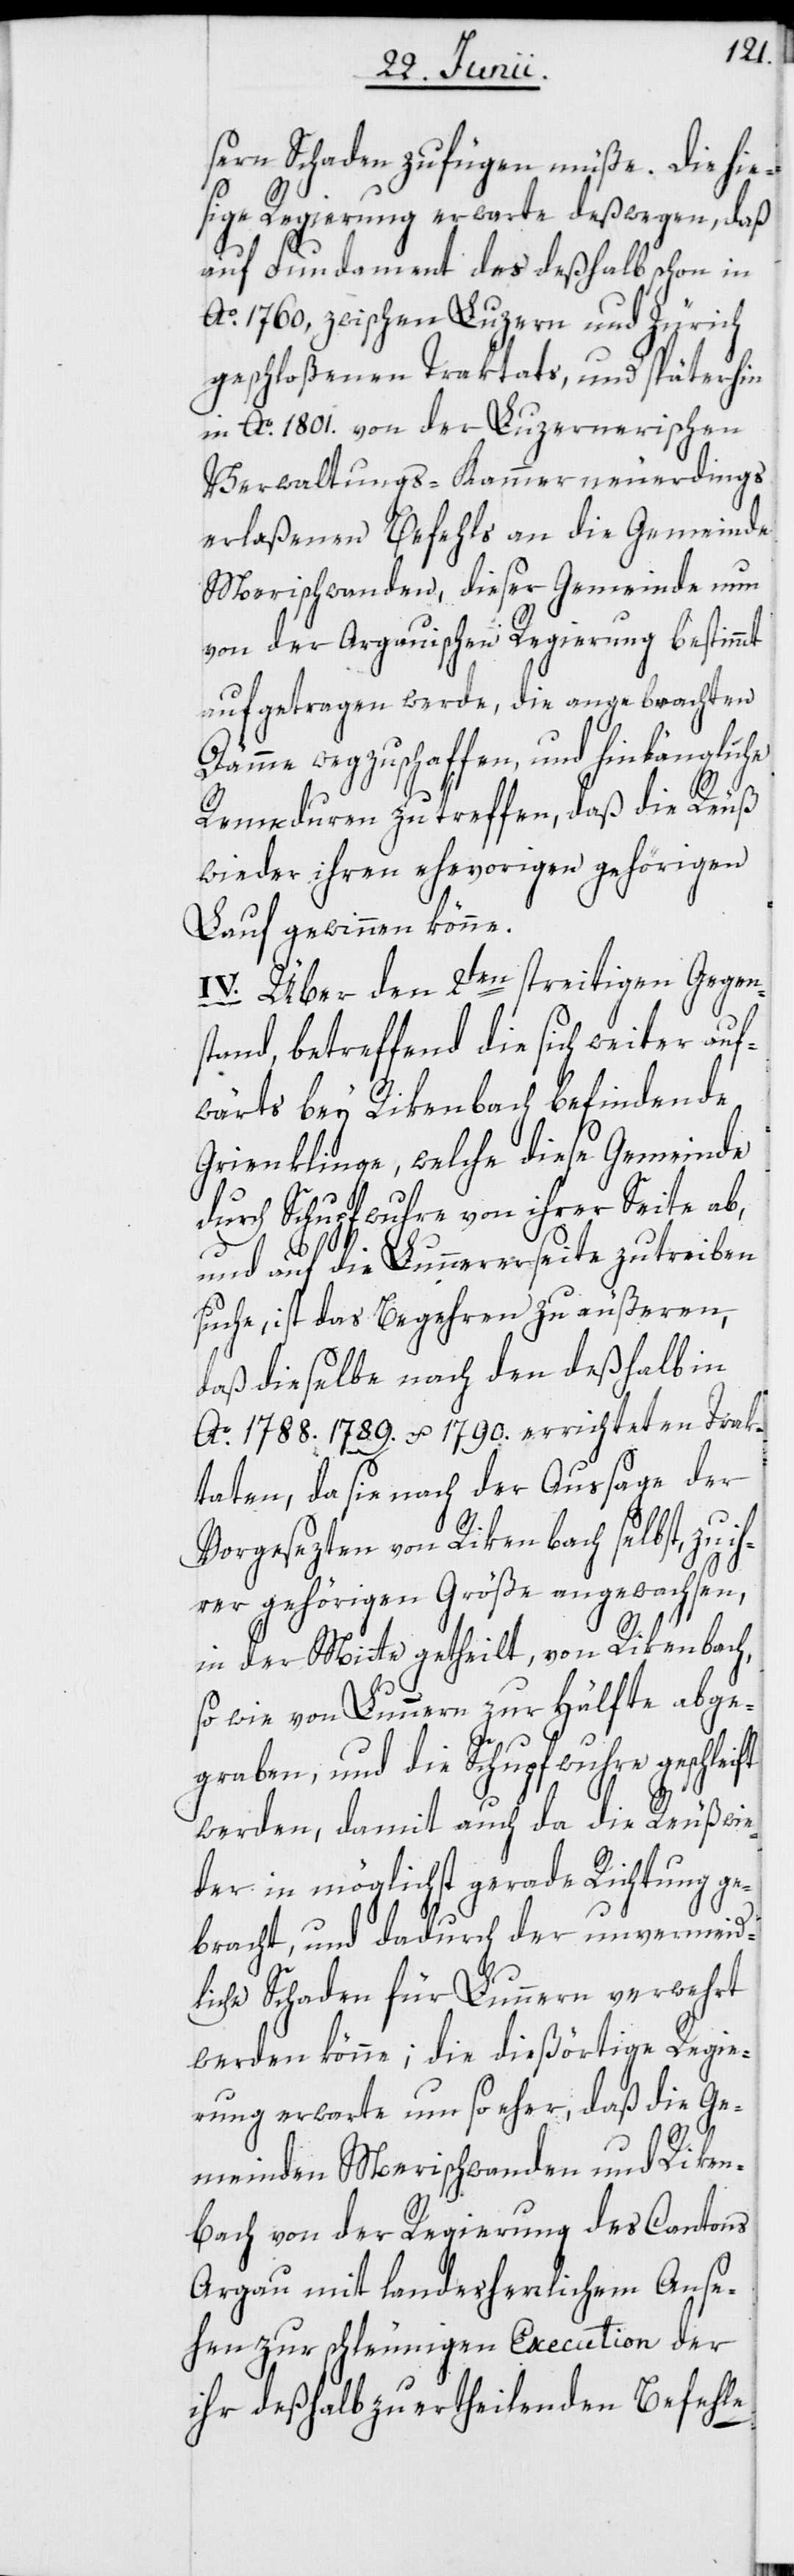
sern Schaden zufügen müße. Die hie¬
sige Regierung erwarte deßwegen, daß
auf Fundament des deßhalb schon in
Ao. 1760, zwischen Luzern und Zürich
geschloßenen Traktats, und späterhi¬
n Ao. 1801. von der Luzernerischen
Verwaltungs-Kammer neuerdings
erlaßenen Befehls an die Gemeinde
Merischwanden, dieser Gemeinde nun
von der Argauischen Regierung bestimmt
aufgetragen werde, die angebrachten
Dämme wegzuschaffen, und hinlängliche
Remeduren zu treffen, daß die Reuß
wieder ihren ehevorigen gehörigen
Lauf gewinnen könne.
IV. Über den 2ten streitigen Gegen¬
stand, betreffend die sich weiter auf¬
wärts bey Rikenbach befindende
Grienklinge, welche diese Gemeinde
durch Schupfwuhre von ihrer Seite ab,
und auf die Lunnererseite zu treiben
suche, ist das Begehren zu äußeren,
daß dieselbe nach den deßhalb in
Ao. 1788. 1789. u. 1790. errichteten Trak¬
taten, da sie nach der Aussage der
Vorgesezten von Rikenbach selbst, zu i¬
hrer gehörigen Größe angewachsen,
in der Mitte getheilt, von Rikenbach,
so wie von Lunnern zur Hälfte abge¬
graben, und die Schupfwuhre geschleift
werden, damit auch da die Reuß wie¬
der in möglichst gerade Richtung ge¬
bracht, und dadurch der unvermeid¬
liche Schaden für Lunnern verwehrt
werden könne; die dießörtige Regie¬
rung erwarte um so eher, daß die Ge¬
meinden Merischwanden und Riken¬
bach von der Regierung des Cantons
Argau mit landesherrlichem Anse¬
hen zur schleunigen Execution der
ihr deßhalb zu ertheilenden Befehle